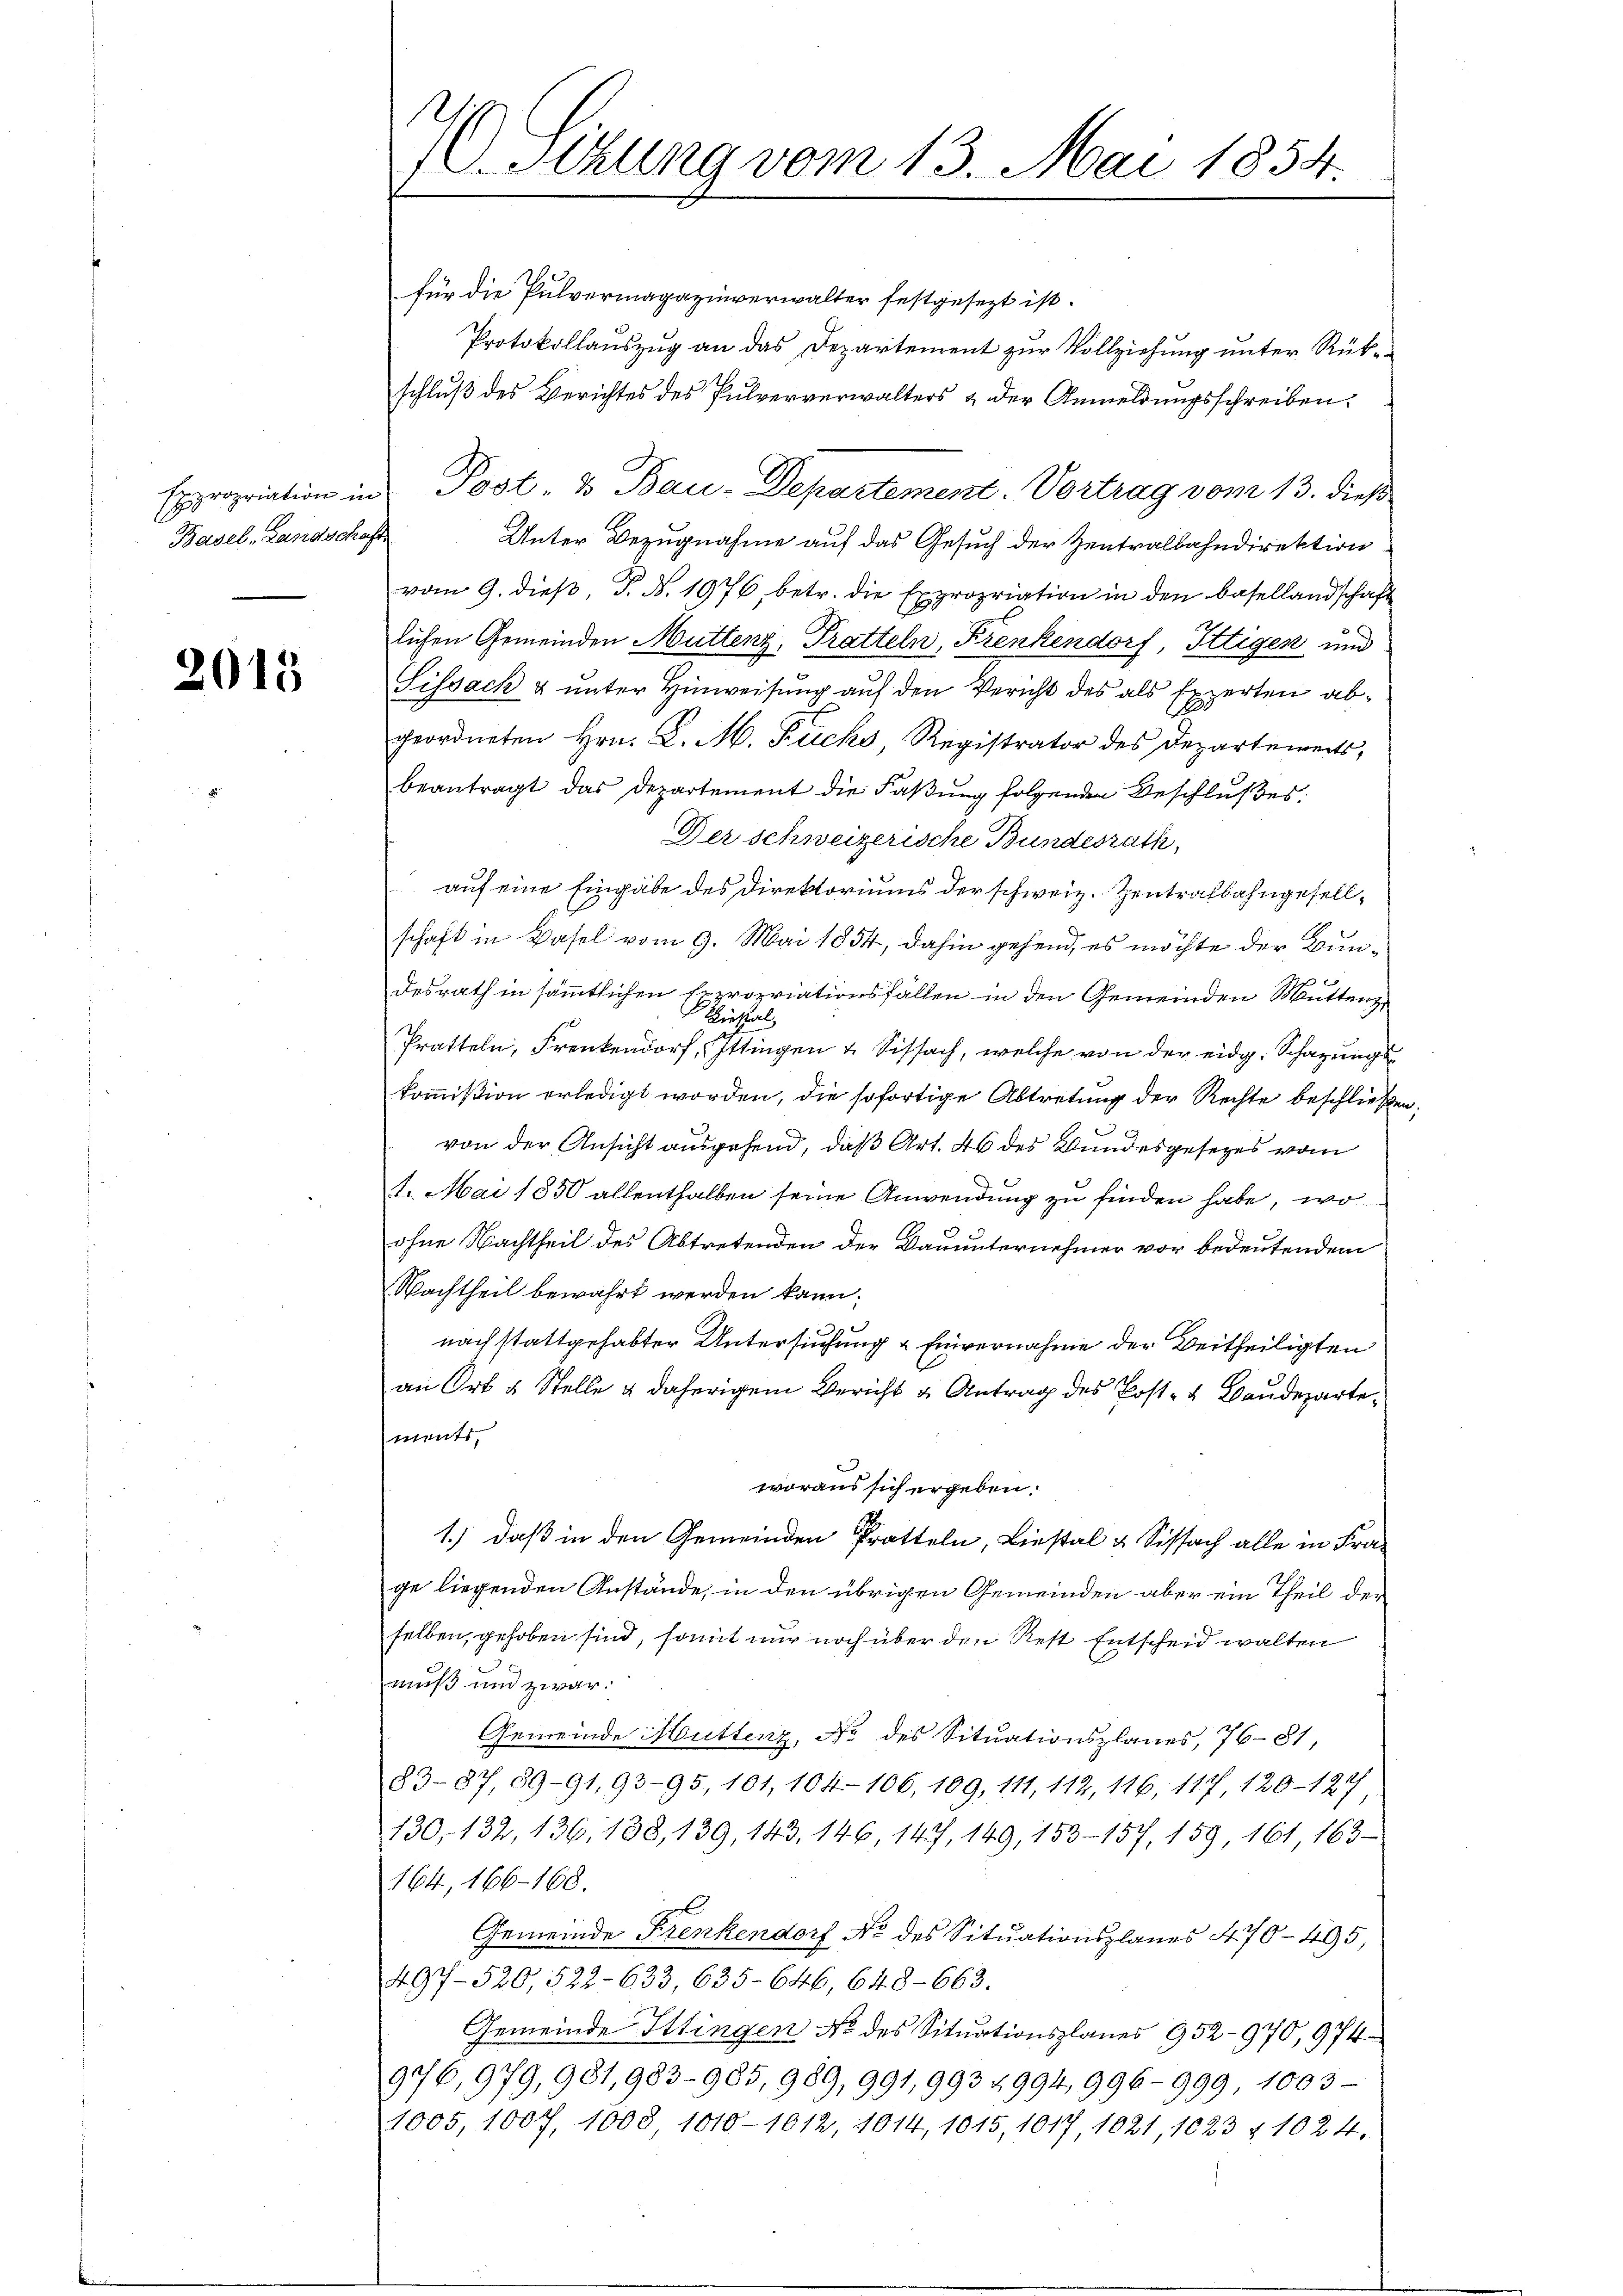
Expropriation in
Basel-Landsche

2015

Sitzung vom 13. Mai 1854

für die Pulvermagazinverwalter festgesezt ist.
Protokollauszug an das Departement zur Vollziehung unter Rükschluß des Berichtes des Pulververwalters & der Anmeldungsschreiben.
Post- & Bau-Departement. Vortrag vom 13. dieß
Unter Bezugnahme auf das Gesuch der Zentralbahndirektion
vom 9. dieß, P. N. 1976, betr. die Expropriation in den Basellandschaft
lichen Gemeinden Muttenz, Pratteln, Frenkendorf, Ittigen und
Sissach & unter Hinweisung auf den Vericht des als Experten abgeordneten Hrn. L. M. Rücks, Registrator des Departements,
beantragt das Departement die Faßung folgenden Beschlußes.
Der schweizerische Bundesrath,
auf eine Eingabe des Direktoriums der schweiz. Zentralbahngesellschaft in Basel vom 9. Mai 1854, dahin gehend, es möchte der Bun¬

desrath in sämmtlichen Expropriationsfällen in den Gemeinden Muttenz
Zirkal
Pratteln, Frenkendorf, Ittingen & Sissach, welche von der eidg. Schazungskommißion erledigt worden, die sofortige Abtretung der Rechte beschließen
von der Ansicht ausgehend, daß Art. 46 des Bundesgesetzes vom
1. Mai 1850 allenthalben seine Anwendung zu finden habe, wo
ohne Nachtheil des Abtretenden der Bauunternehmer vor bedeutendem
Nachtheil bewahrt werden kann.
nach stattgehabter Untersuchung & Einvernahme der Vertheiligten
an Ort & Stelle & daherigem Bericht u Antrag des Post- & Baudeparte
ments,
woraus sich ergeben.
1.) daß in den Gemeinden Pratteln, Liestal & Sissach alle in Frage liegenden Anstände, in den übrigen Gemeinden aber ein Theil der
selben, gehoben sind, somit nur noch über den Rest Entscheid walten
muß und zwar
Gemeinde Muttenz, No. des Situationsplanes, 76-81,
83-87, 89-91,93-95, 101, 104-106, 109, 111, 112, 116, 117 120-127/
130, 132, 136, 188, 139, 143. 146, 147, 149, 153—157, 159, 161, 163
164, 166—168.
Gemeinde Frenkendorf No des Sitŭationsplanes 470 - 495
497-520, 522-633, 635-646, 648-663.
Gemeinde Ittingen No des Situationsplanes 952-970, 974
976, 979, 981,983-985, 989, 991, 993 4994, 996-999 1003
1005, 1007, 1008 1010-1012, 1014, 1015, 1017, 1021, 1623 § 1024.